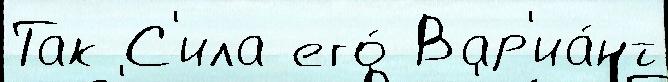
Так С'ила его́ Вар'иа́нт